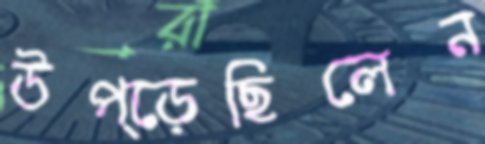
উপ্‌ড়েছিলেন